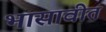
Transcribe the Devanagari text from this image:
भासावीत